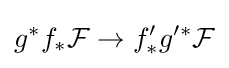
g^{*}f_{*}{\mathcal {F}}\to f'_{*}g'^{*}{\mathcal {F}}